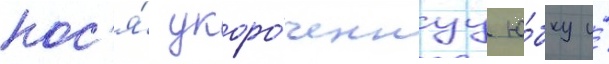
нос'я́ укоро́ченнуу ю́бку и́